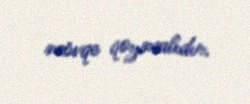
mövqe qoymalıdır.